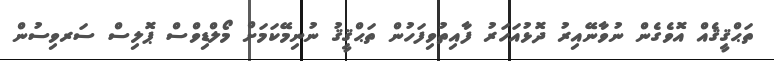
ތަޙްޤީޤެއް އޮވެގެން ނުވާނޭއިރު ދޮޅުއަހަރު ފާއިތުވިފަހުން ތަޙްޤީޤު ނުނިމޭކަމަށް މޯލްޑިވްސް ޕޮލިސް ސަރވިސުން